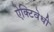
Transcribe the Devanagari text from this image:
ऐक्टिवेधी